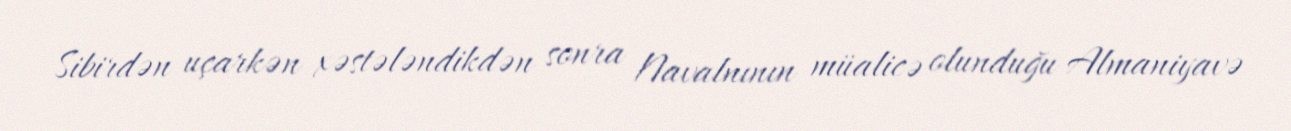
Sibirdən uçarkən xəstələndikdən sonra Navalnının müalicə olunduğu Almaniyavə